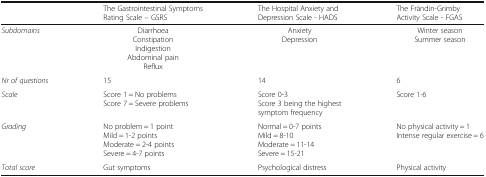
<table><thead><tr><td></td><td><b>The Gastrointestinal Symptoms Rating Scale – GSRS</b></td><td><b>The Hospital Anxiety and Depression Scale - HADS</b></td><td><b>The Frändin-Grimby Activity Scale - FGAS</b></td></tr></thead><tbody><tr><td><i>Subdomains</i></td><td>DiarrhoeaConstipationIndigestionAbdominal painReflux</td><td>AnxietyDepression</td><td>Winter seasonSummer season</td></tr><tr><td><i>Nr of questions</i></td><td>15</td><td>14</td><td>6</td></tr><tr><td><i>Scale</i></td><td>Score 1 = No problemsScore 7 = Severe problems</td><td>Score 0-3Score 3 being the highest symptom frequency</td><td>Score 1-6</td></tr><tr><td><i>Grading</i></td><td>No problem = 1 pointMild = 1-2 pointsModerate = 2-4 pointsSevere = 4-7 points</td><td>Normal = 0-7 pointsMild = 8-10Moderate = 11-14Severe = 15-21</td><td>No physical activity = 1Intense regular exercise = 6</td></tr><tr><td><i>Total score</i></td><td>Gut symptoms</td><td>Psychological distress</td><td>Physical activity</td></tr></tbody></table>